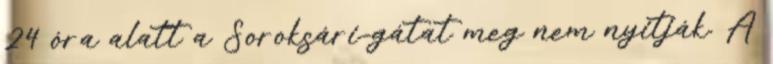
24 óra alatt a Soroksári-gátat meg nem nyitják. A